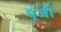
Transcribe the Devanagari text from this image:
पूॅंजी